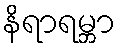
နိရာရမ္ဘာ